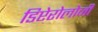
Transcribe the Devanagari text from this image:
डिप्टेरोलोजी